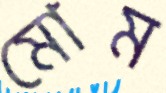
মোম